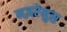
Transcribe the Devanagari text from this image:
नज़रेनुस